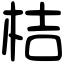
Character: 桔